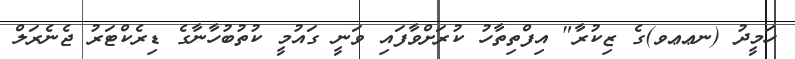
ހަމީދު (ނޢޢވ)ގެ ޒިކުރާ" އިފްތިތާހު ކުރަށްވާފައި ވަނީ ގައުމީ ކުތުބުހާނާގެ ޑިރެކްޓަރު ޖެނެރަލް